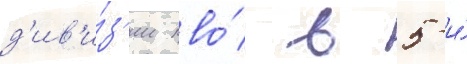
д'ив'и́з'ии пво́ в 5-и́